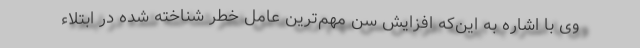
وی با اشاره به این‌که افزایش سن مهم‌ترین عامل خطر شناخته شده در ابتلاء